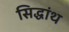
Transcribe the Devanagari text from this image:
सिद्धांथ